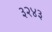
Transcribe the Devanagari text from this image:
३२४३